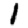
Digit: 1